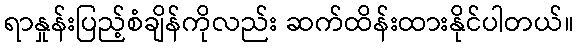
ရာနှုန်းပြည့်စံချိန်ကိုလည်း ဆက်ထိန်းထားနိုင်ပါတယ်။